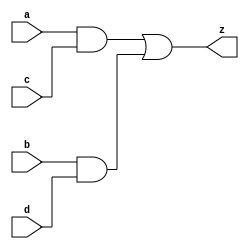
module be(
  input a, b, c, d,
  output z
);
  assign z = a & c | b & d;   // z = ab + cd
endmodule